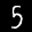
Label: 5